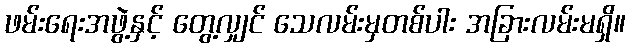
ဖမ်းရေးအဖွဲ့နှင့် တွေ့လျှင် သေလမ်းမှတစ်ပါး အခြားလမ်းမရှိ။